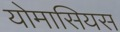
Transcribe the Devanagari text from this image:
योमासियस